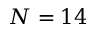
N = 1 4